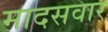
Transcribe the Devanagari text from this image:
मादसवार